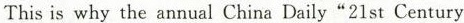
This is why the annual China Daily“21st Century